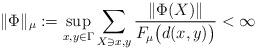
LaTeX: \begin{align*} \lVert \Phi \rVert_\mu := \sup_{x,y \in \Gamma} \sum_{X \ni x,y} \frac{\lVert \Phi(X)\rVert}{F_{\mu}\bigl(d(x,y)\bigr)}<\infty\end{align*}